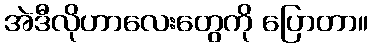
အဲဒီလိုဟာလေးတွေကို ပြောတာ။